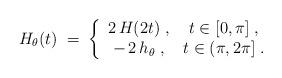
LaTeX: \begin{align*}H_\theta(t)\;=\;\left\{\begin{array}{cc}2\,H(2t)\;,& t\in[0,\pi]\;,\\-\,2\,h_\theta\;,&t\in(\pi,2\pi]\;.\end{array}\right.\end{align*}